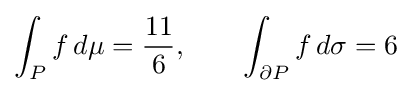
\int _{P}f\,d\mu ={\frac {11}{6}},\qquad \int _{\partial P}f\,d\sigma =6